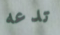
تدعه